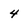
Character: 4